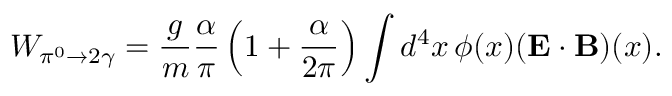
W _ { \pi ^ { 0 } \to 2 \gamma } = \frac { g } { m } \frac { \alpha } { \pi } \left( 1 + \frac { \alpha } { 2 \pi } \right) \int d ^ { 4 } x \, \phi ( x ) ( \mathbf { E \cdot B } ) ( x ) .